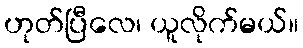
ဟုတ်ပြီလေ၊ ယူလိုက်မယ်။